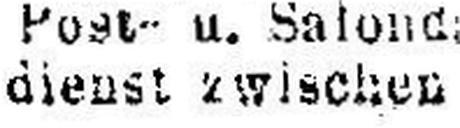
dienst zwischen